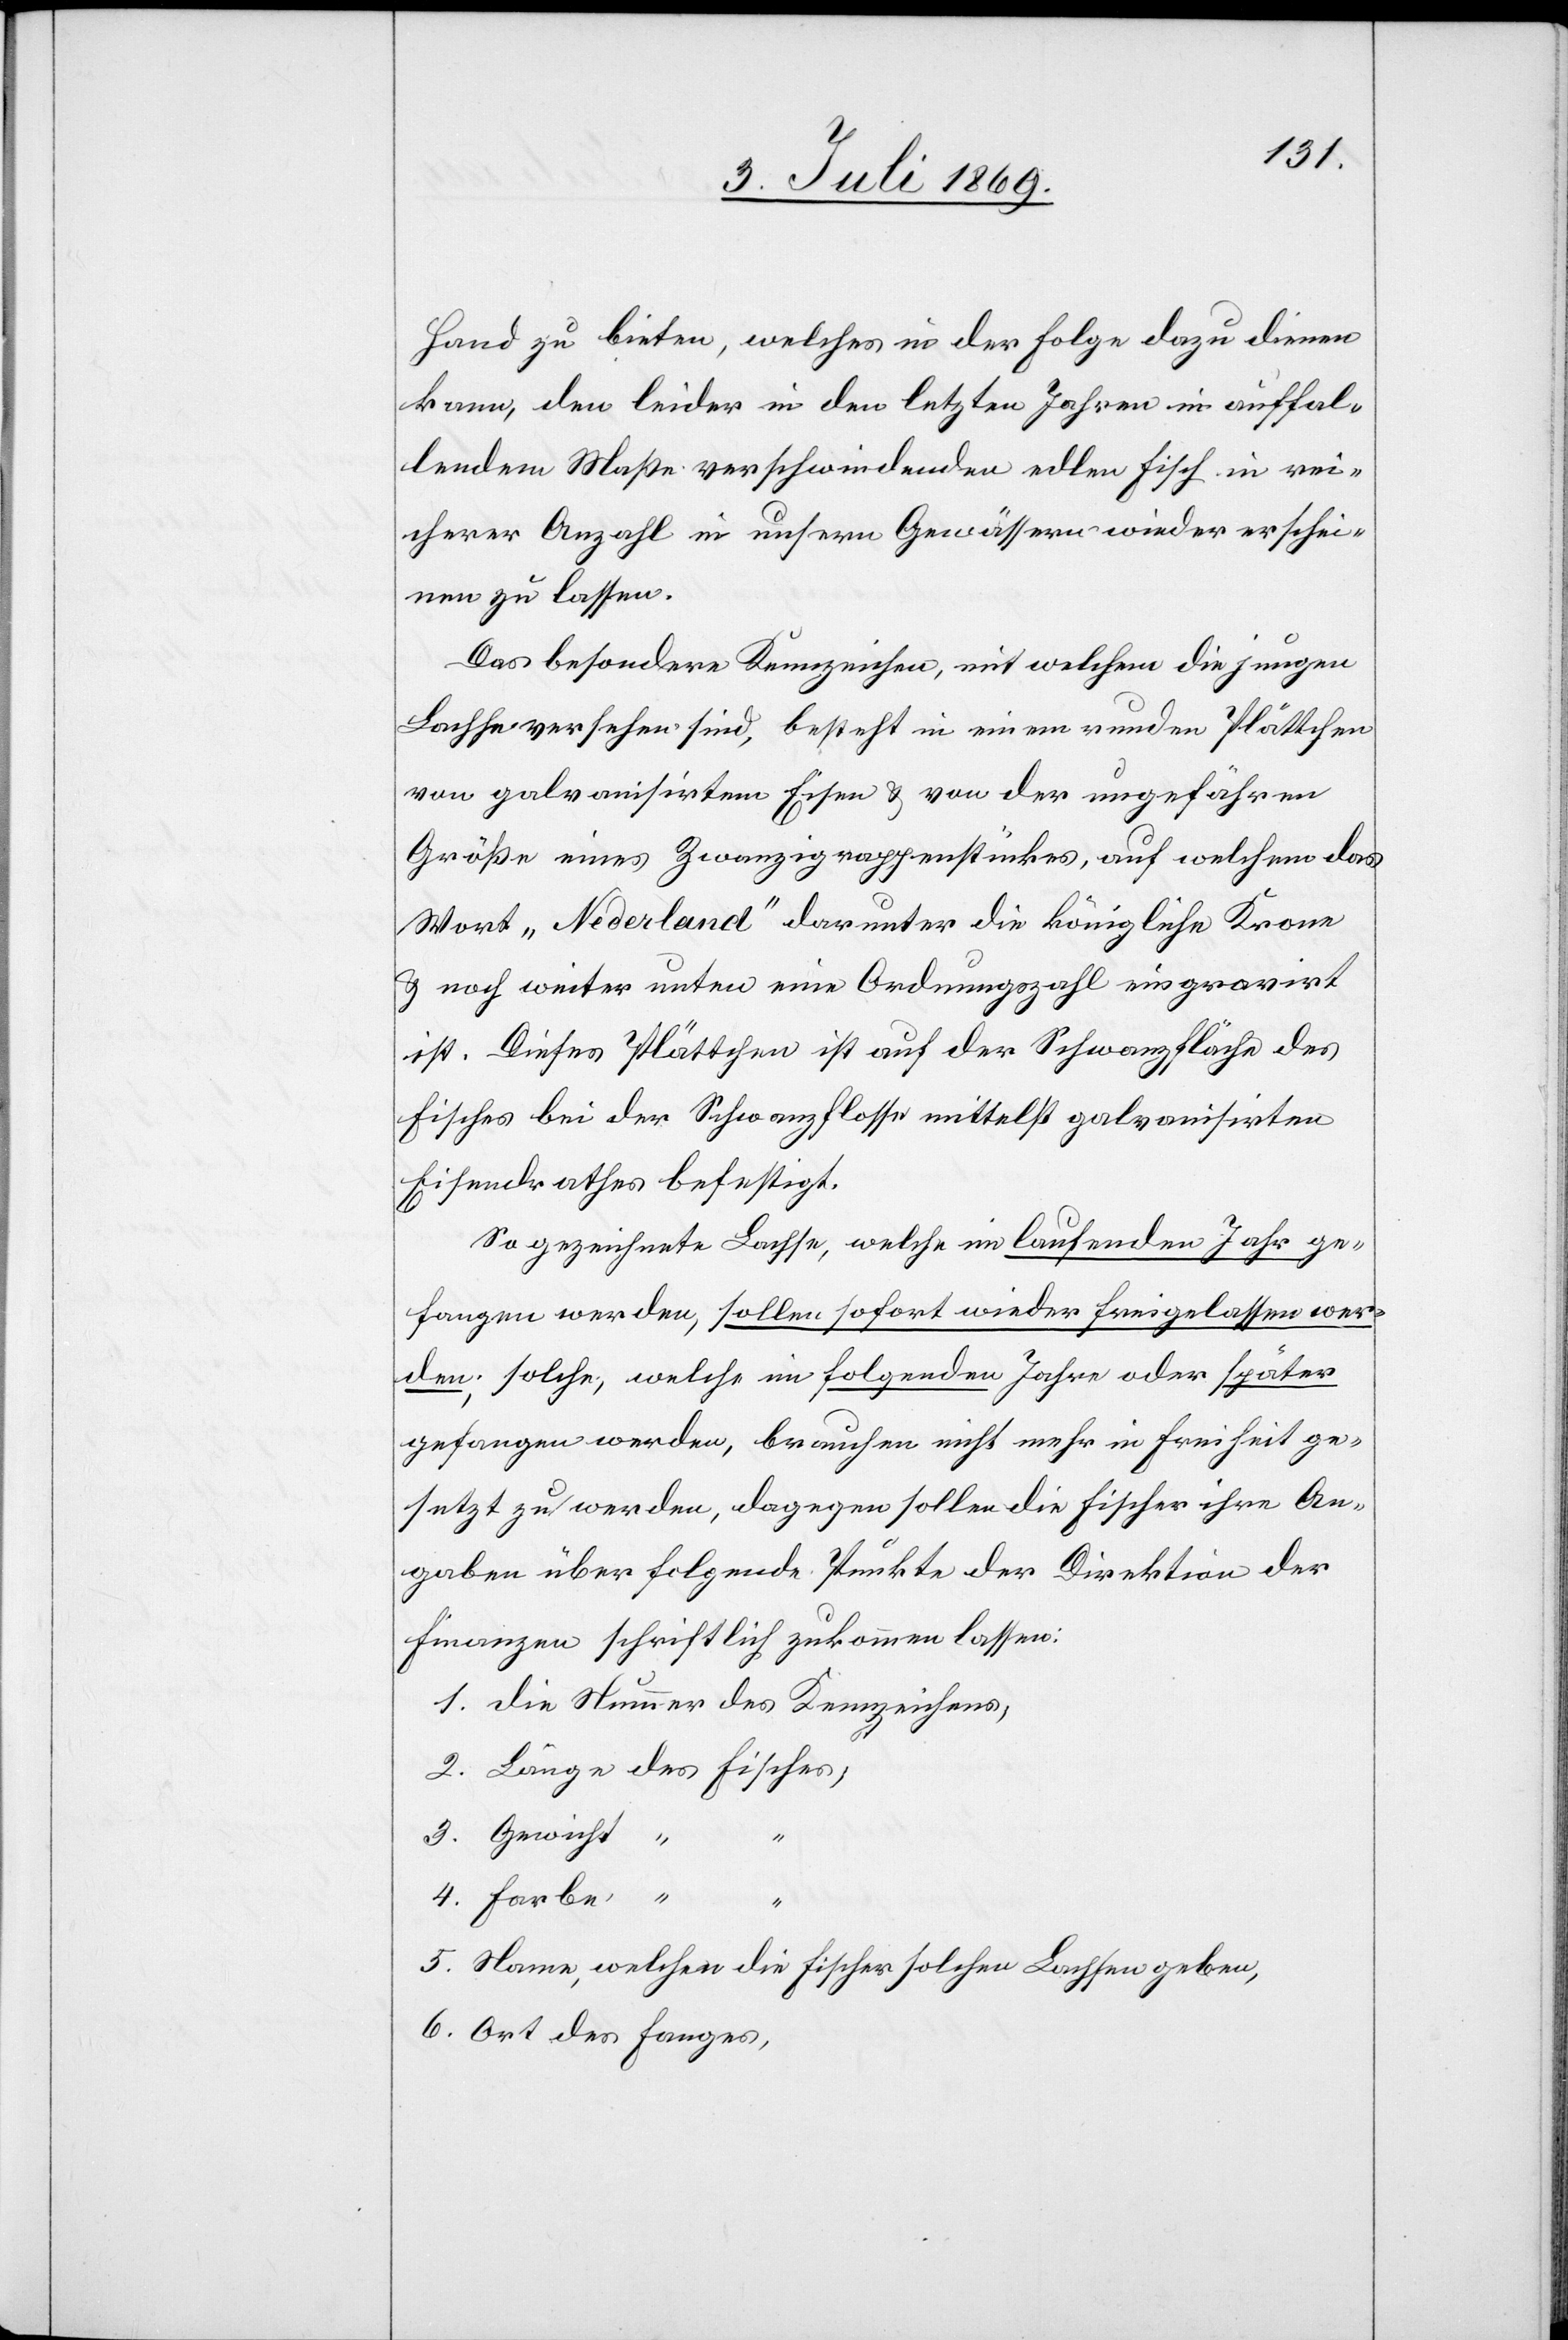
Hand zu bieten, welches in der Folge dazu dienen
kann, den leider in den letzten Jahren in auffal¬
lendem Maße verschwindenden edlen Fisch in rei¬
cherer Anzahl in unserm Gewässer wieder erschei¬
nen zu lassen.
Das besondere Kennzeichen, mit welchem die jungen
Lachse versehen sind, besteht in einem runden Plätzchen
von galvanisirten Eisen u. von der ungefähren
Größe eines Zwanzigrappenstückes, auf welchem das
Wort „Nederland“ darunter die königliche Krone
u. noch weiter unten eine Ordnungszahl eingravirt
ist. Dieses Plätzchen ist auf der Schwanzfläche des
Fisches bei der Schwanzflosse mittelst galvanisirten
Eisendrahtes befestigt.
So bezeichnete Lachse, welche im laufenden Jahr ge¬
fangen werden, sollen sofort wieder freigelassen wer¬
den; solche, welche im folgenden Jahre oder später
gefangen werden, brauchen nicht mehr in Freiheit ge¬
setzt zu werden, dagegen sollen die Fischer ihre An¬
gaben über folgende Punkte der Direktion der
Finanzen schriftlich zukommen lassen:
1. Die Nummer des Kennzeichens,
2. Länge des Fisches,
3. Gewicht “
4. Farbe “
5. Name, welchen die Fischer solchen Lachsen geben,
6. Ort des Fanges,